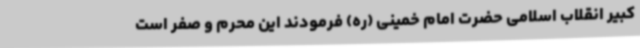
کبیر انقلاب اسلامی حضرت امام خمینی (ره) فرمودند این محرم و صفر است